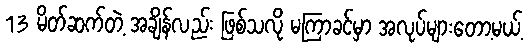
13 မိတ်ဆက်တဲ့ အချိန်လည်း ဖြစ်သလို မကြာခင်မှာ အလုပ်များတော့မယ့်